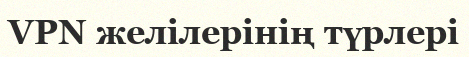
VPN желілерінің түрлері